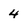
Character: 4